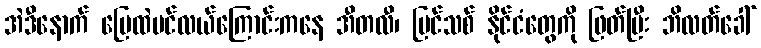
အဲဒီနောက် မြေထဲပင်လယ်ကြောင်းကနေ အီတလီ၊ ပြင်သစ် နိုင်ငံတွေကို ဖြတ်ပြီး ဘိလတ်ခေါ်